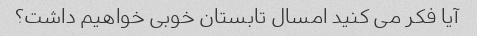
آیا فکر می کنید امسال تابستان خوبی خواهیم داشت؟